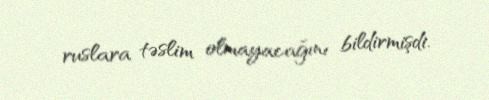
ruslara təslim olmayacağını bildirmişdi.